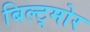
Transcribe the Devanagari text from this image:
बिल्ट्मोर